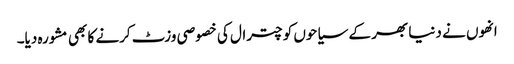
انھوں نے دنیا بھر کے سیاحوں کو چترال کی خصوصی وزٹ کرنے کا بھی مشورہ دیا۔